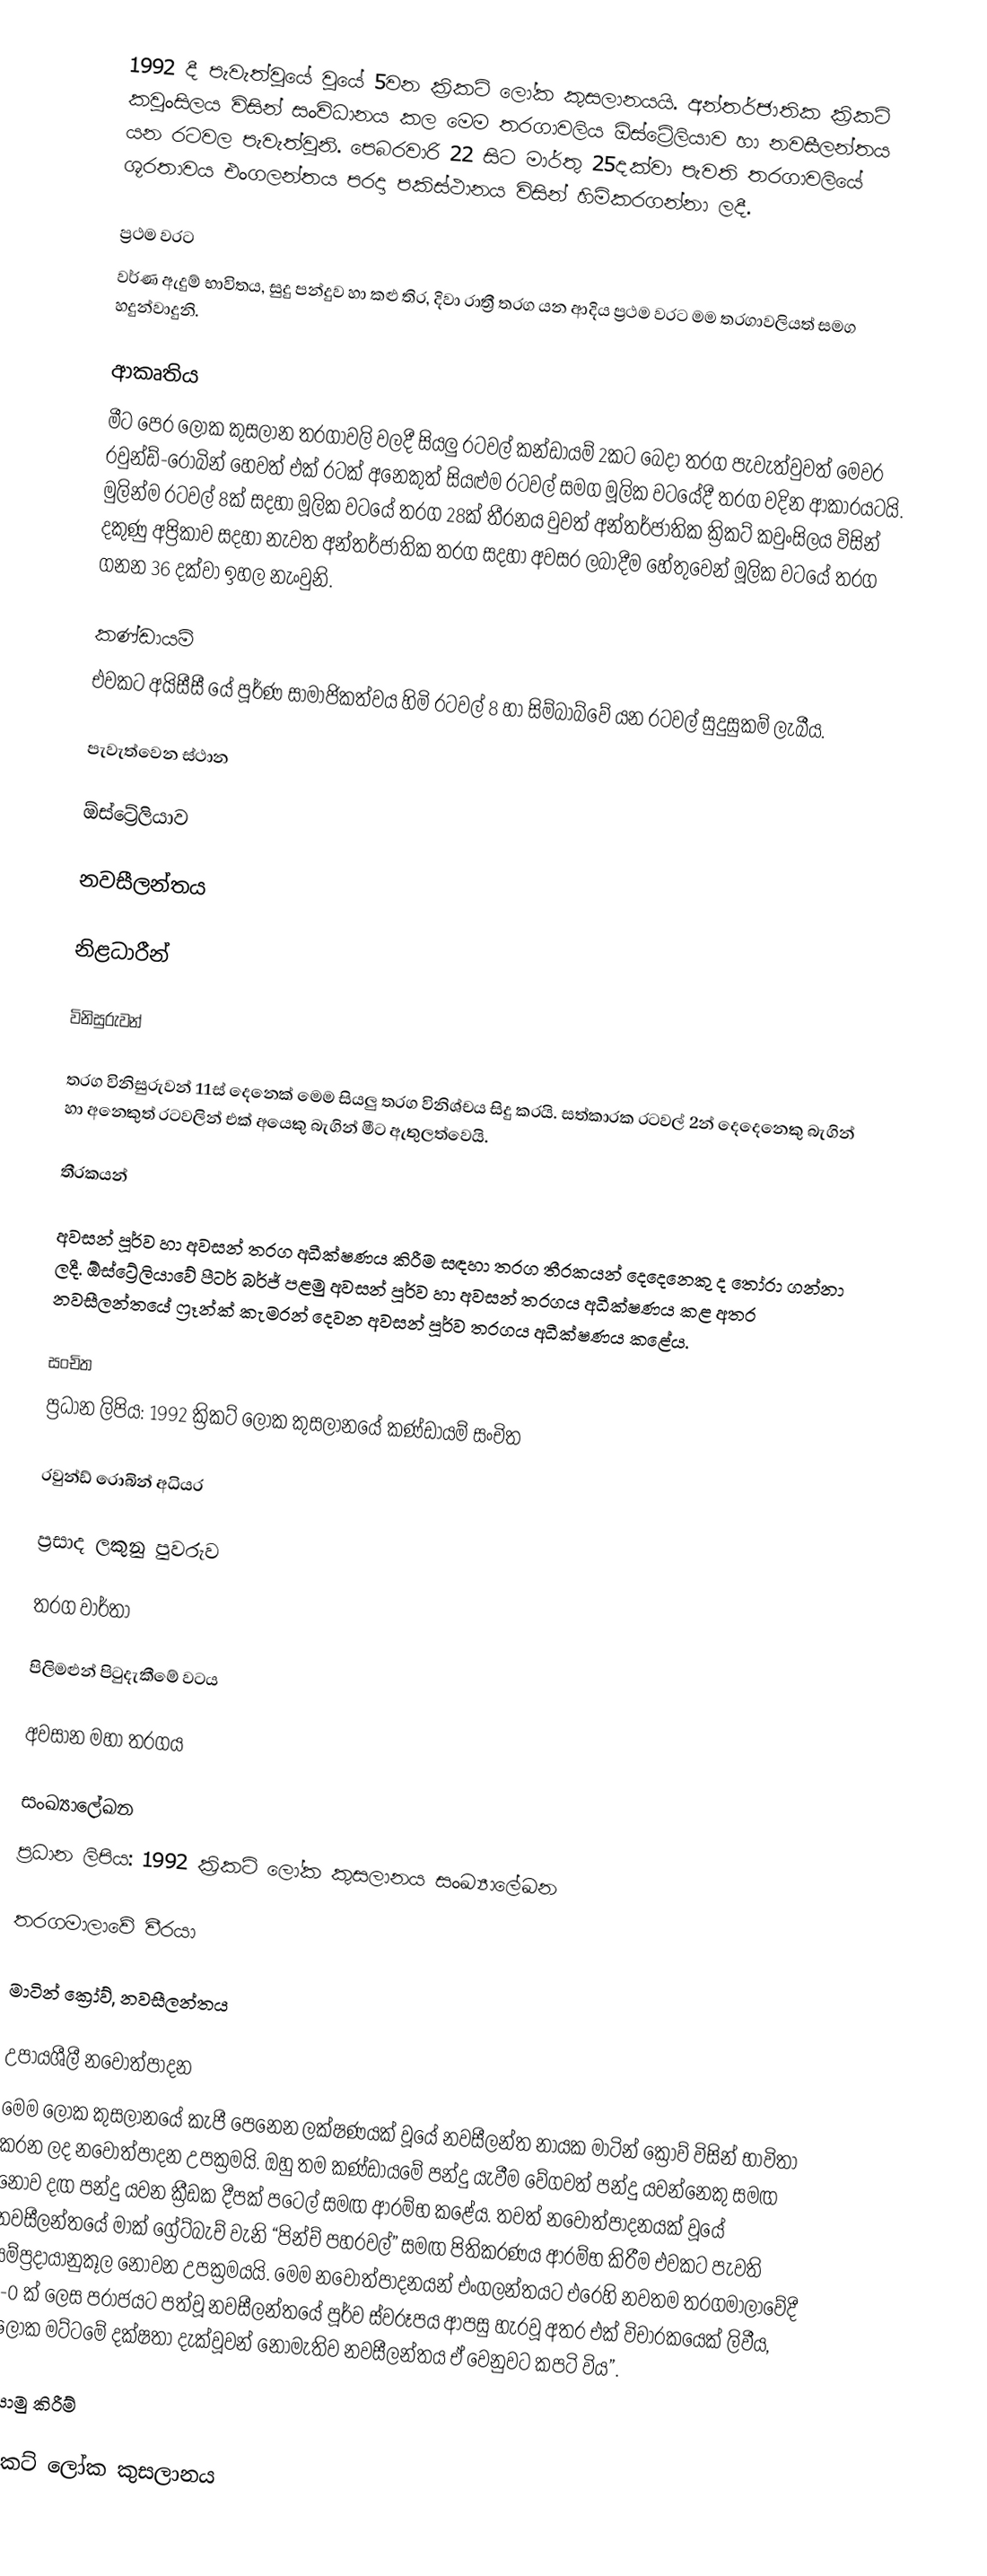
1992 දී පැවැත්වූයේ වූයේ 5වන ක්‍රිකට් ලෝක කුසලානයයි. අන්තර්ජාතික ක්‍රිකට් කවුංසිලය විසින් සංවිධානය කල මෙම තරගාවලිය ඕස්ට්‍රේලියාව හා නවසීලන්තය යන රටවල පැවැත්වුනි. පෙබරවාරි 22 සිට මාර්තු 25දක්වා පැවති තරගාවලියේ ශූරතාවය එංගලන්තය පරදා පකිස්ථානය විසින් හිමිකරගන්නා ලදී.

ප්‍රථම වරට
වර්ණ ඇදුම් භාවිතය, සුදු පන්දුව හා කළු තිර, දිවා රාත්‍රී තරග යන ආදිය ප්‍රථම වරට මම තරගාවලියත් සමග හදුන්වාදුනි.

ආකෘතිය
මීට පෙර ලෝක කුසලාන තරගාවලි වලදී සියලු රටවල් කන්ඩායම් 2කට බෙදා තරග පැවැත්වුවත් මෙවර රවුන්ඩ්-රොබින් හෙවත් එක් රටක් අනෙකුත් සියළුම රටවල් සමග මූලික වටයේදී තරග වදින ආකාරයටයි. මුලින්ම රටවල් 8ක් සදහා මූලික වටයේ තරග 28ක් තීරනය වුවත් අන්තර්ජාතික ක්‍රිකට් කවුංසිලය විසින් දකුණු අප්‍රිකාව සදහා නැවත අන්තර්ජාතික තරග සදහා අවසර ලබාදීම හේතුවෙන් මූලික වටයේ තරග ගනන 36 දක්වා ඉහල නැංවුනි.

කණ්ඩායම්
එවකට අයිසීසී යේ පූර්ණ සාමාජිකත්වය හිමි රටවල් 8 හා සිම්බාබ්වේ යන රටවල් සුදුසුකම් ලැබීය.

පැවැත්වෙන ස්ථාන

ඕස්ට්‍රේලියාව

නවසීලන්තය

නිළධාරීන්

විනිසුරුවන්

තරග විනිසුරුවන් 11ස් දෙනෙක් මෙම සියලු තරග විනිශ්චය සිදු කරයි. සත්කාරක රටවල් 2න් දෙදෙනෙකු බැගින් හා අනෙකුත් රටවලින් එක් අයෙකු බැගින් මීට ඇතුලත්වෙයි.

තීරකයන්

අවසන් පූර්ව හා අවසන් තරග අධීක්ෂණය කිරීම සඳහා තරග තීරකයන් දෙදෙනෙකු ද තෝරා ගන්නා ලදී. ඕස්ට්‍රේලියාවේ පීටර් බර්ජ් පළමු අවසන් පූර්ව හා අවසන් තරගය අධීක්ෂණය කළ අතර නවසීලන්තයේ ෆ්‍රෑන්ක් කැමරන් දෙවන අවසන් පූර්ව තරගය අධීක්ෂණය කළේය.

සංචිත
ප්‍රධාන ලිපිය: 1992 ක්‍රිකට් ලෝක කුසලානයේ කණ්ඩායම් සංචිත

රවුන්ඩ් රොබින් අධියර

ප්‍රසාද ලකුනු පුවරුව

තරග වාර්තා

පිලිමළුන් පිටුදැකීමේ වටය

අවසාන මහා තරගය

සංඛ්‍යාලේඛන
ප්‍රධාන ලිපිය: 1992 ක්‍රිකට් ලෝක කුසලානය සංඛ්‍යාලේඛන

තරගමාලාවේ වීරයා

 මාටින් ක්‍රෝව්, නවසීලන්තය

උපායශීලී නවෝත්පාදන
මෙම ලෝක කුසලානයේ කැපී පෙනෙන ලක්ෂණයක් වූයේ නවසීලන්ත නායක මාටින් ක්‍රෝව් විසින් භාවිතා කරන ලද නවෝත්පාදන උපක්‍රමයි. ඔහු තම කණ්ඩායමේ පන්දු යැවීම වේගවත් පන්දු යවන්නෙකු සමඟ නොව දඟ පන්දු යවන ක්‍රීඩක දීපක් පටෙල් සමඟ ආරම්භ කළේය. තවත් නවෝත්පාදනයක් වූයේ නවසීලන්තයේ මාක් ග්‍රේට්බැච් වැනි “පින්ච් පහරවල්” සමඟ පිතිකරණය ආරම්භ කිරීම එවකට පැවති සම්ප්‍රදායානුකූල නොවන උපක්‍රමයයි. මෙම නවෝත්පාදනයන් එංගලන්තයට එරෙහි නවතම තරගමාලාවේදී 3-0 ක් ලෙස පරාජයට පත්වූ නවසීලන්තයේ පූර්ව ස්වරූපය ආපසු හැරවූ අතර එක් විචාරකයෙක් ලිවීය, “ලෝක මට්ටමේ දක්ෂතා දැක්වූවන් නොමැතිව නවසීලන්තය ඒ වෙනුවට කපටි විය”.

යොමු කිරීම්

ක්‍රිකට් ලෝක කුසලානය